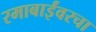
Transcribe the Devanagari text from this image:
रमाबाईंवरचा